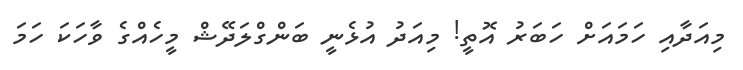
މިއަދާއި ހަމައަށް ހަބަރު އޮތީ! މިއަދު އުޅެނީ ބަންގްލަދޭޝް މީހެއްގެ ވާހަކަ ހަމަ